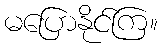
မပြောနိုင်ကြ။